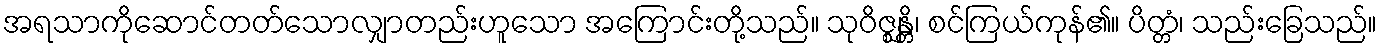
အရသာကိုဆောင်တတ်သောလျှာတည်းဟူသော အကြောင်းတို့သည်။ သုဝိဇ္ဈန္တိ၊ စင်ကြယ်ကုန်၏။ ပိတ္တံ၊ သည်းခြေသည်။